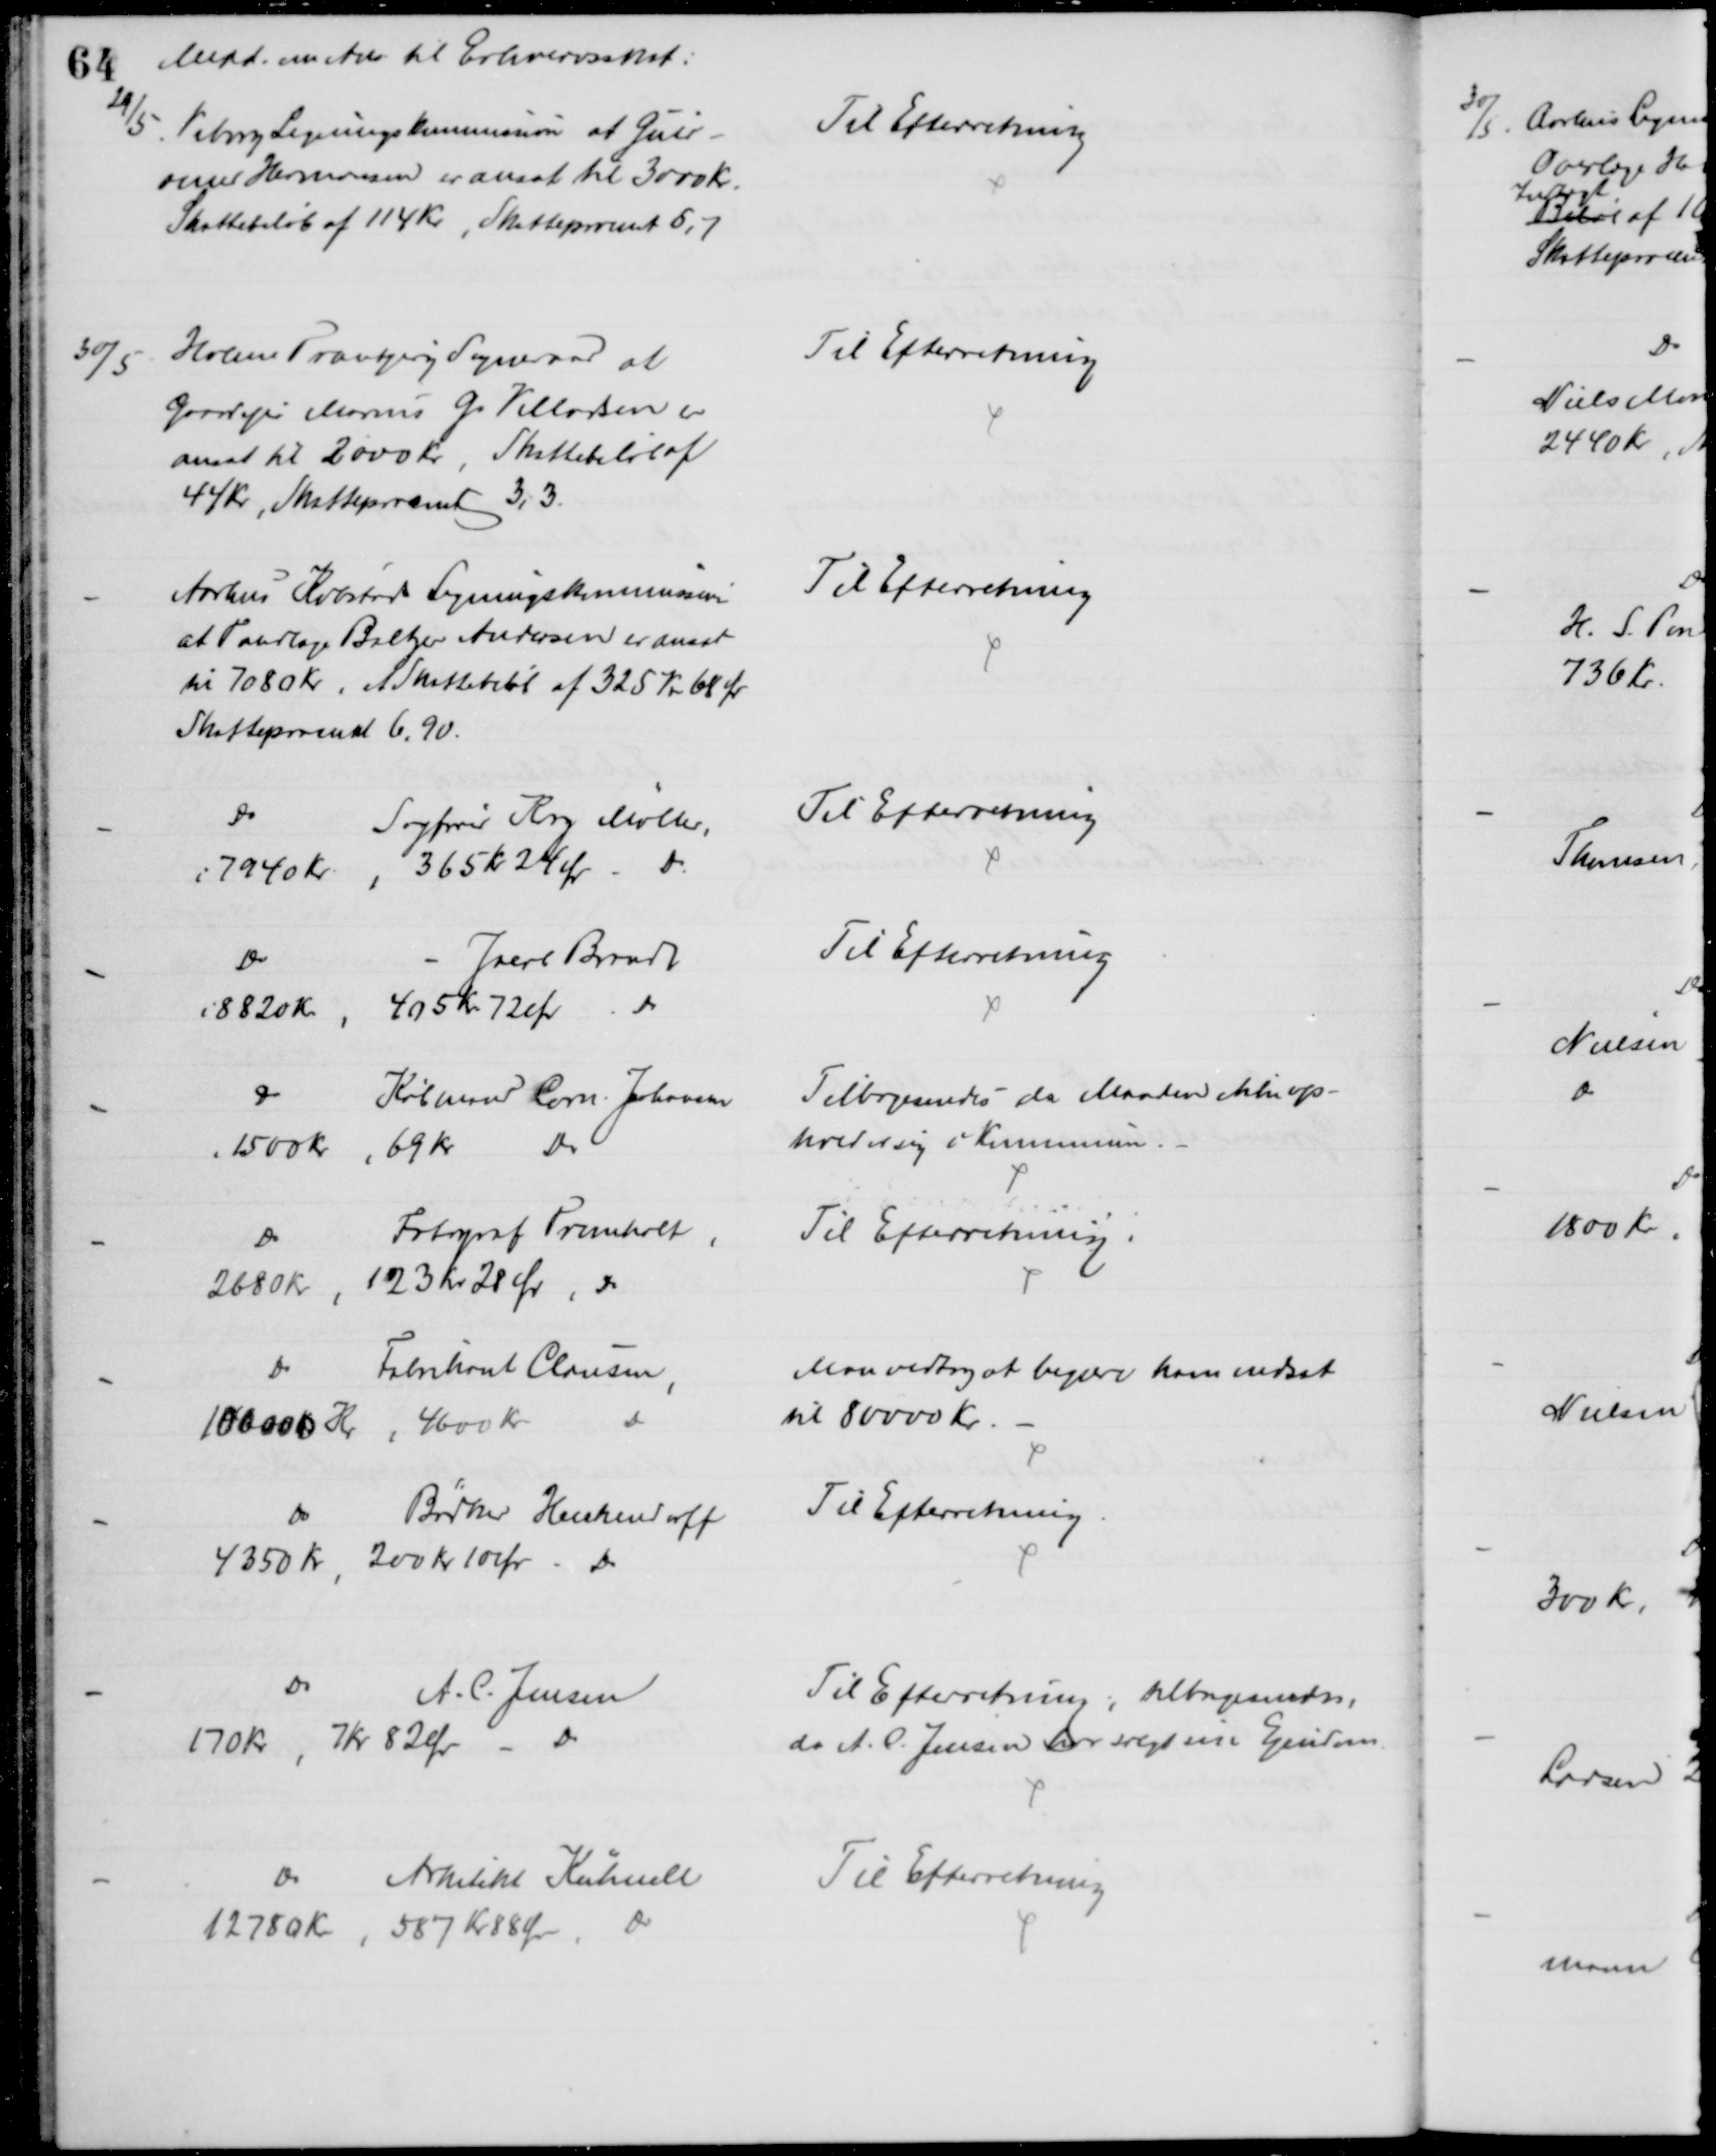
Transskription:
Medd. om Ans. til Erhvervsskat:
29/5. Viborg Ligningskommission at Guld-
smed Hermansen er ansat til 3000 Kr.
Skattebeløb af 114 Kr, Skatteprocent 5,7
Til Efterretning
30/5
Holme Tranbjerg Sogneraad at
Gaardejer Marius G. Villadsen er
ansat til 2000 Kr, Skattebeløb af
44 Kr, Skatteprocent 3,3
Til Efterretning
Aarhus Købstads Ligningskommission
at Tandlæge Baltzer Andersen er ansat
til 7080 Kr., et Skattebeløb af 325 Kr 68 Ør
Skatteprocent 6,90.
Til Efterretning
Do
Sagfører Krag Møller,
i 7940 Kr., 365 Kr 24 Øre Do
Til Efterretning
Do
Jacob Brandt
i 8820 Kr
405 Kr. 72 Ør
Do
Til Efterretning
Do
Købmand Corn. Johansen
1500 Kr
69 Kr 
Do
Tilbagesendes da Manden ikke op-
holder sig i Kommunen.
Do
Fotograf Tromholt
2680 Kr
123 kr 28 Øre, Do
Til Efterretning
Do
Fabrikant Clausen
100000 Kr, 4600 Kr.
Do
Man vedtog at begære ham nedsat
til 80000 Kr.
Do
Bødker Heickendorff
4350 Kr, 200 Kr 10 Øre - Do
Til Efterretning
Do
A. C. Jensen
170 Kr, 7 Kr 82 Øre - Do
Til Efterretning, tilbagesendes,
da A. C. Jensen har solgt sin Ejendom.
Do 
Arkitekt Kühnell
12780 Kr, 587 Kr 88 Øre 
Do
Til Efterretning